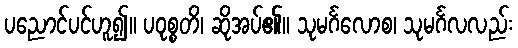
ပညောင်ပင်ဟူ၍။ ပဝုစ္စတိ၊ ဆိုအပ်၏။ သုမင်္ဂလောစ၊ သုမင်္ဂလလည်း